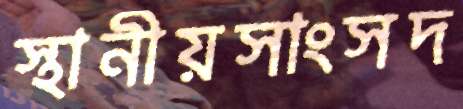
স্থানীয়সাংসদ